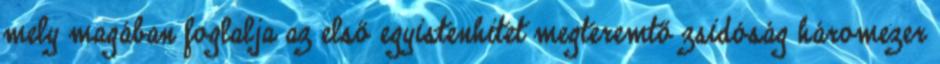
mely magában foglalja az első egyistenhitet megteremtő zsidóság háromezer